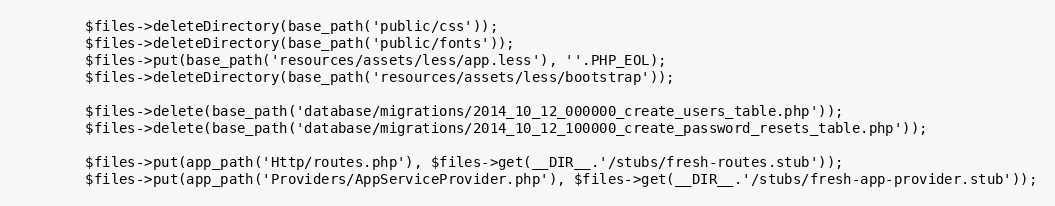
Language: PHP
		$files->deleteDirectory(base_path('public/css'));
		$files->deleteDirectory(base_path('public/fonts'));
		$files->put(base_path('resources/assets/less/app.less'), ''.PHP_EOL);
		$files->deleteDirectory(base_path('resources/assets/less/bootstrap'));

		$files->delete(base_path('database/migrations/2014_10_12_000000_create_users_table.php'));
		$files->delete(base_path('database/migrations/2014_10_12_100000_create_password_resets_table.php'));

		$files->put(app_path('Http/routes.php'), $files->get(__DIR__.'/stubs/fresh-routes.stub'));
		$files->put(app_path('Providers/AppServiceProvider.php'), $files->get(__DIR__.'/stubs/fresh-app-provider.stub'));